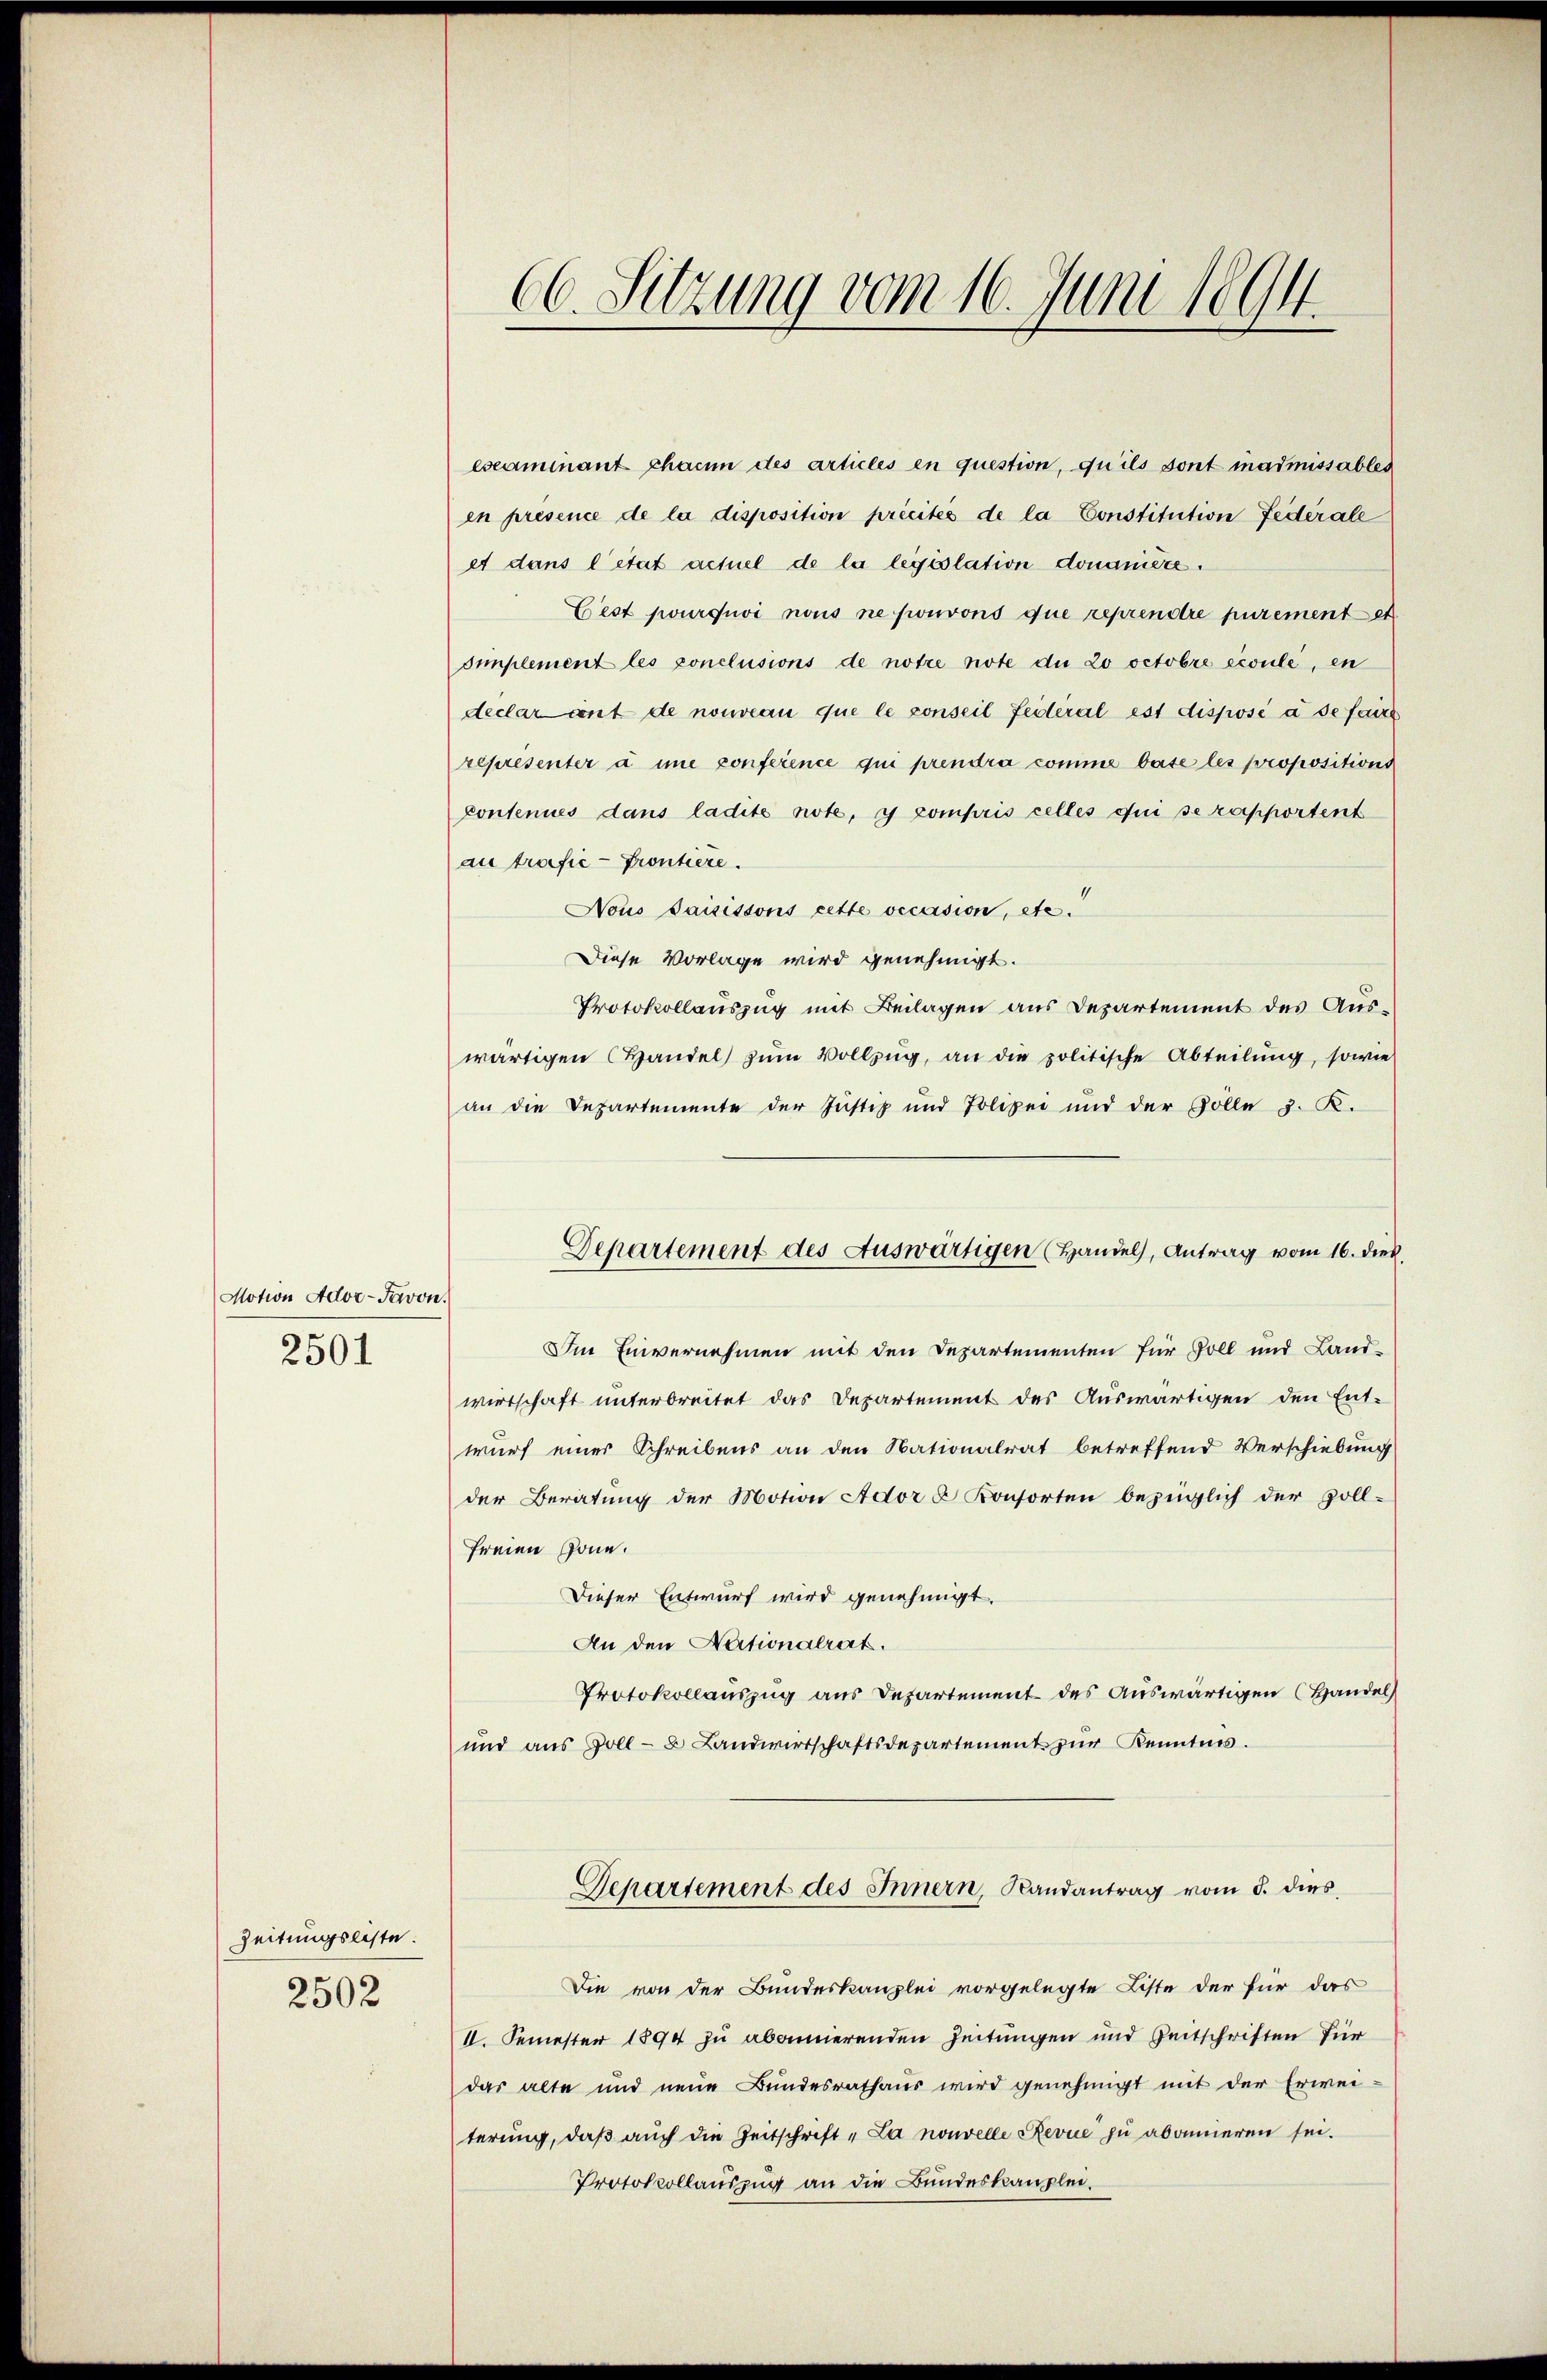
Motion Ador-Javon.
2501

Zeitungsliste.
2502

66. Sitzung vom 16. Juni 1894.

eseaminant chacun des articles en question, qu’ils sont inadmissables
en présence de la disposition précités de la Constitution Federale
et dans l’état actuel de la legislation domanière.
Cest pourquvi nous ne pouvons que reprendre purement et
simplement les conclusions de notre note du zo octobre écoule, en
declarant de nouveau que le conseil Feiteral est disposé à se faire
représenter à une conference qui prendra comme base les propositions
pontenues dans ladite note, y compris celles qui se rapportent
au trafić-frontiere.
Nous saisitions cette occasion, etc.
Diese Vorlage wird genehmigt.
Protokollauszug mit Beilagen aus Departement des Auswärtigen Handel zum Vollzug, an die politische Abteilung, sowie
an die Departemente der Justiz und Polizei und der Zölle 3. K.
Im Einvernehmen mit den Departementen für Soll und Landwirtschaft unterbreitet das Departement des Auswärtigen den Ent-
wurf einer Schreibens an den Nationalrat betreffend Verschiebung
der Beratŭng der Motion Ador u Konsorten bezüglich der Zoll-
freien Zone.
Dieser Entwurf wird genehmigt.
An den Nationalrat.
Protokollauszug aus Departement des auswärtigen (Handel
und aus Goll- u Landwirtschaftsdepartement zur Kenntnis.
Departement des Innern, Randantrag vom 5. dies
Die von der Bundeskanzlei vorgelegte Liste der für das
II. Semester 1894 zu abonnierenden Zeitungen und Zeitschriften für
das alte und neue Bundesrathaus wird genehmigt mit der Erwei-
terung, daß auch die Zeitschrift „La nouvelle Revue zu abonneren sei.
Protokollauszug an die Bundeskanzlei.

Departement des Auswärtigen (Handel, Antrag vom 16. dieß,